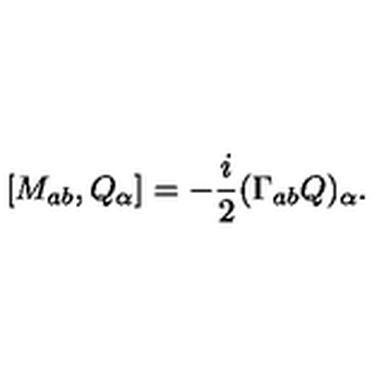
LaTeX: [ M _ { a b } , Q _ { \alpha } ] = - \frac { i } { 2 } ( \Gamma _ { a b } Q ) _ { \alpha } .